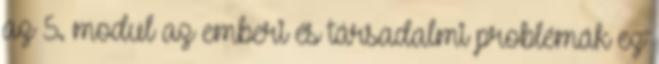
az 5. modul az emberi és társadalmi problémák ez